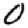
Digit: 0